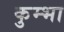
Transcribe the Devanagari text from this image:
कुम्‍भा